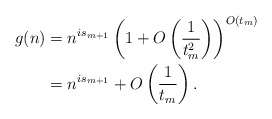
\begin{align*}g(n) &= n^{is_{m+1}} \left(1 + O\left( \frac{1}{t_m^2} \right)\right)^{O( t_m )} \\&= n^{is_{m+1}} + O\left( \frac{1}{t_m} \right).\end{align*}